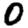
Digit: 0